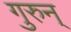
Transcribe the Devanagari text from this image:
गुरुन्